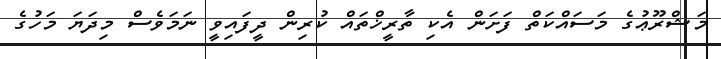
މަޝްރޫޢުގެ މަސައްކަތް ފަށަން އެކި ތާރީޚްތައް ކުރިން ދީފައިވީ ނަމަވެސް މިދަޔަ މަހުގެ